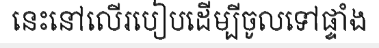
នេះនៅលើរបៀបដើម្បីចូលទៅផ្ទាំង